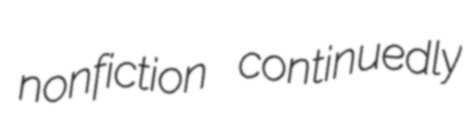
nonfiction continuedly